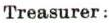
Treasurer: